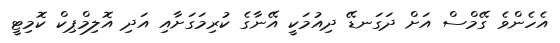
އެހެންވެ ގޭމްސް އަށް ދަގަނޑޭ ދިއުމަކީ އޭނާގެ ކުރިމަގަށާއި އަދި އޮލިމްޕިކް ކޮމިޓީ